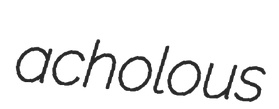
acholous